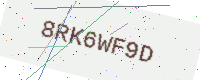
Text: 8RK6WF9D